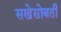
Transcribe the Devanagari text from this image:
सखेसोबती